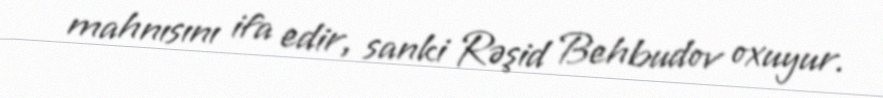
mahnısını ifa edir, sanki Rəşid Behbudov oxuyur.